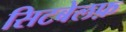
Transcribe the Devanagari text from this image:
सिटबेलफ़